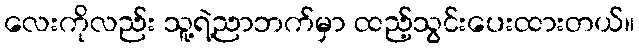
လေးကိုလည်း သူ့ရဲ့ညာဘက်မှာ ထည့်သွင်းပေးထားတယ်။